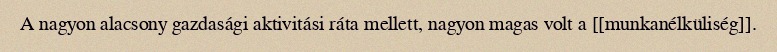
A nagyon alacsony gazdasági aktivitási ráta mellett, nagyon magas volt a [[munkanélküliség]].